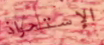
الإستحواذ